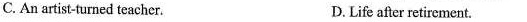
C. An artist-turned teacher. D.Life after retirement.